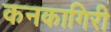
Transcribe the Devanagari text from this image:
कनकागिरी